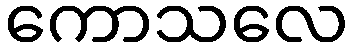
ကောသလေ